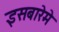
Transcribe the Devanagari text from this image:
इसबारेमे